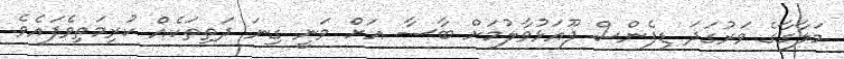
މަލާގާގެ ވަރުގަދަ ޑިފެންސް ފޫއަޅުވާލުމަށް ބާސާ އަށް ވަނީ ގިނަ ދަތިތަކެއް ކުރިމަތިވެފައެވެ.